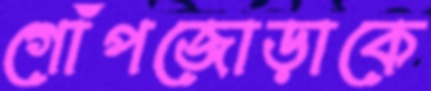
গোঁপজোড়াকে